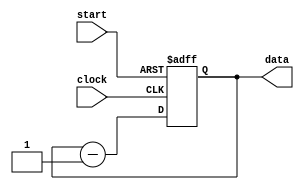
module upcntr(input clock , input start , output [7:0] data);

reg [7:0] r_out;
wire [7:0] r_in;

//sequential logic circuit
always @(posedge clock , posedge start)
begin
    if(start)
        r_out<=8'b1111_1111;
    else
        r_out<=r_in;
end

//conbinational
assign data=r_out;
assign r_in=r_out-1;


endmodule

`timescale  1ns/1ns


module upcntr_tb;
reg clock ;
reg  start ;
wire [7:0] data;

upcntr dip(clock, start,data);


always begin
    clock=~clock;
    #10;
end
initial begin
    clock<=0;
    start<=1;
    #20;
    start<=0;
    #20;
    #20;
    #20; 
    #20;
    #20;
    #20;
    #20;
    #20;
    #20;
    #20;
    #20;
    #20;
    $finish;

end

initial begin
    $monitor("%b\n",data);
end

endmodule